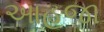
આહૂજા